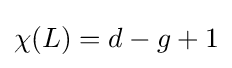
\chi (L)=d-g+1